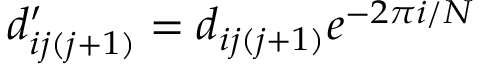
d _ { i j ( j + 1 ) } ^ { \prime } = d _ { i j ( j + 1 ) } e ^ { - 2 \pi i / N }